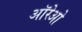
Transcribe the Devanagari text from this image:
ऑरेओ